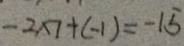
- 2 \times 7 + ( - 1 ) = - 1 5